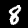
Label: 8